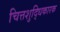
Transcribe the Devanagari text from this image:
चित्तशुद्धिकारक